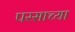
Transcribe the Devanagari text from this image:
परसाच्या